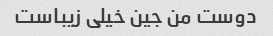
دوست من جین خیلی زیباست